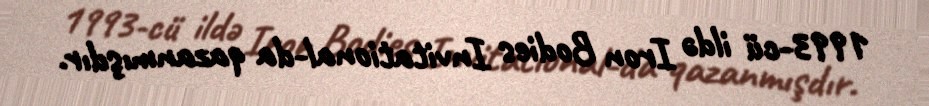
1993-cü ildə Iron Bodies Invitational-da qazanmışdır.